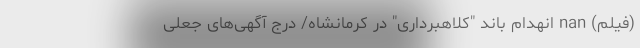
(فیلم) nan انهدام باند "کلاهبرداری" در کرمانشاه/ درج آگهی‌های جعلی